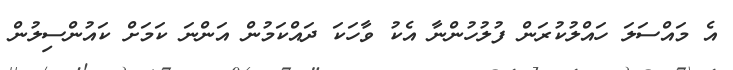
އެ މައްސަލަ ހައްލުކުރަން ފުލުހުންނާ އެކު ވާހަކަ ދައްކަމުން އަންނަ ކަމަށް ކައުންސިލުން